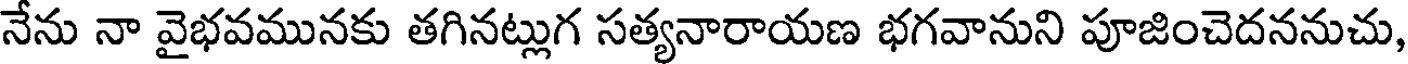
నేను నా వైభవమునకు తగినట్లుగ సత్యనారాయణ భగవానుని పూజించెదననుచు,